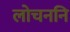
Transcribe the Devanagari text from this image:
लोचननि